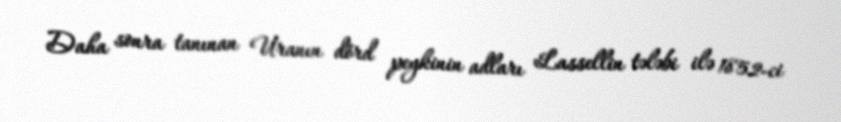
Daha sonra tanınan Uranın dörd peykinin adları Lassellin tələbi ilə 1852-ci